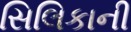
સિલિકાની